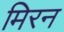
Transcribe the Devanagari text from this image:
मिरन